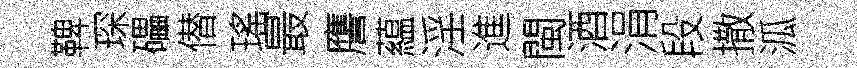
鞞琛礧僣瑤最譍藴淫進閩酒涓段撒泒